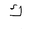
Letter: _kaf